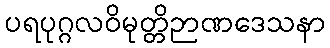
ပရပုဂ္ဂလဝိမုတ္တိဉာဏဒေသနာ